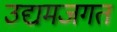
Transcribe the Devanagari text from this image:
उद्यमजगत